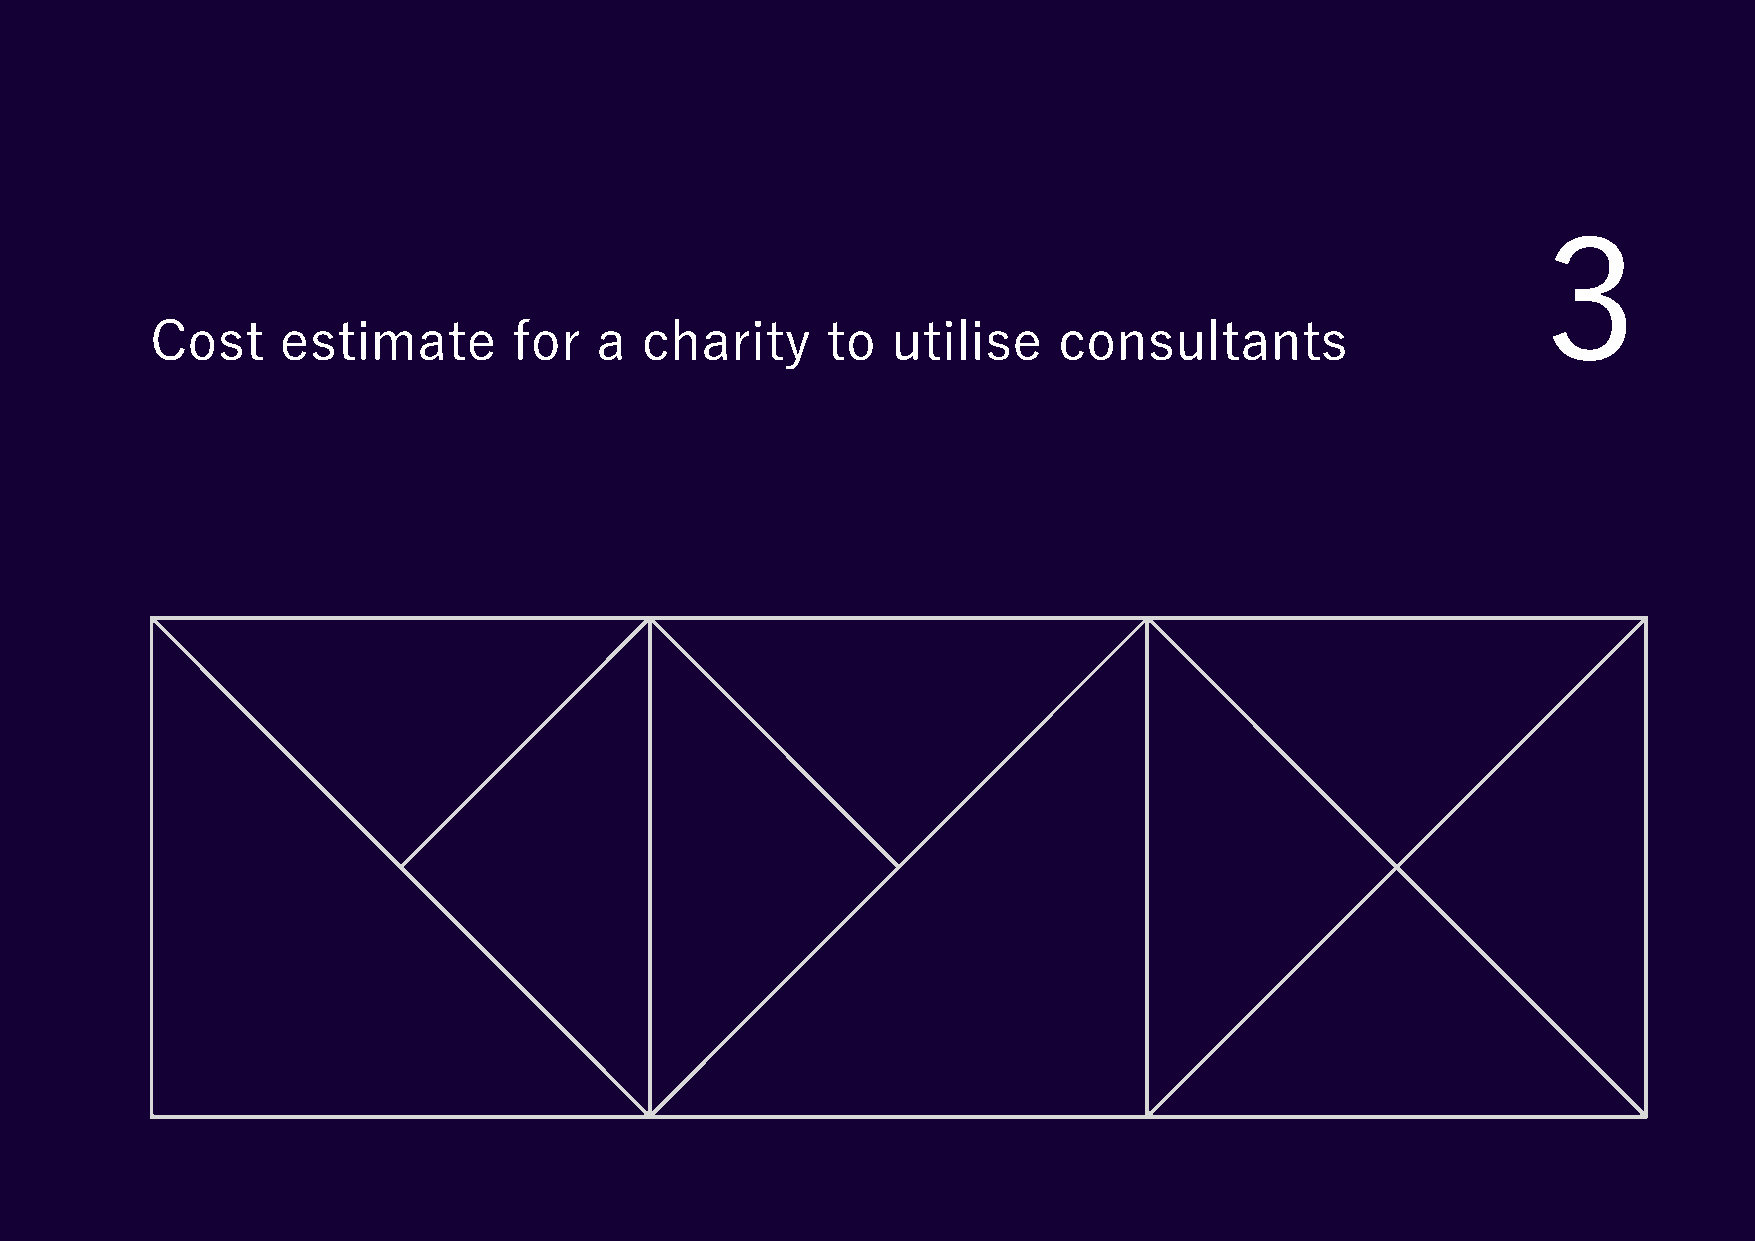
3
 3    Cost    estimate        for  a  charity      to  utilise    consultants